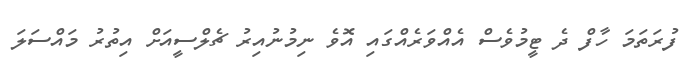
ފުރަތަމަ ހާފް ދެ ޓީމުވެސް އެއްވަރެއްގައި އޮވެ ނިމުނުއިރު ޗެލްސީއަށް އިތުރު މައްސަލަ